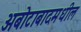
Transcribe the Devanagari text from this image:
अबोटाबादमधील